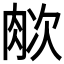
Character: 𬚺